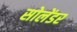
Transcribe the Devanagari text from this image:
सोलेंडर